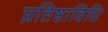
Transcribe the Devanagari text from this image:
प्रतिष्ठाविधि